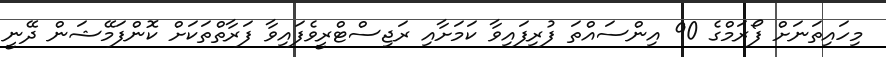
މިހައިތަނަށް ފޯރަމްގެ 90 އިންސައްތަ ފުރިފައިވާ ކަމަށާއި ރަޖިސްޓްރީވެފައިވާ ފަރާތްތަކަށް ކޮންފަމޭޝަން ދޭނީ